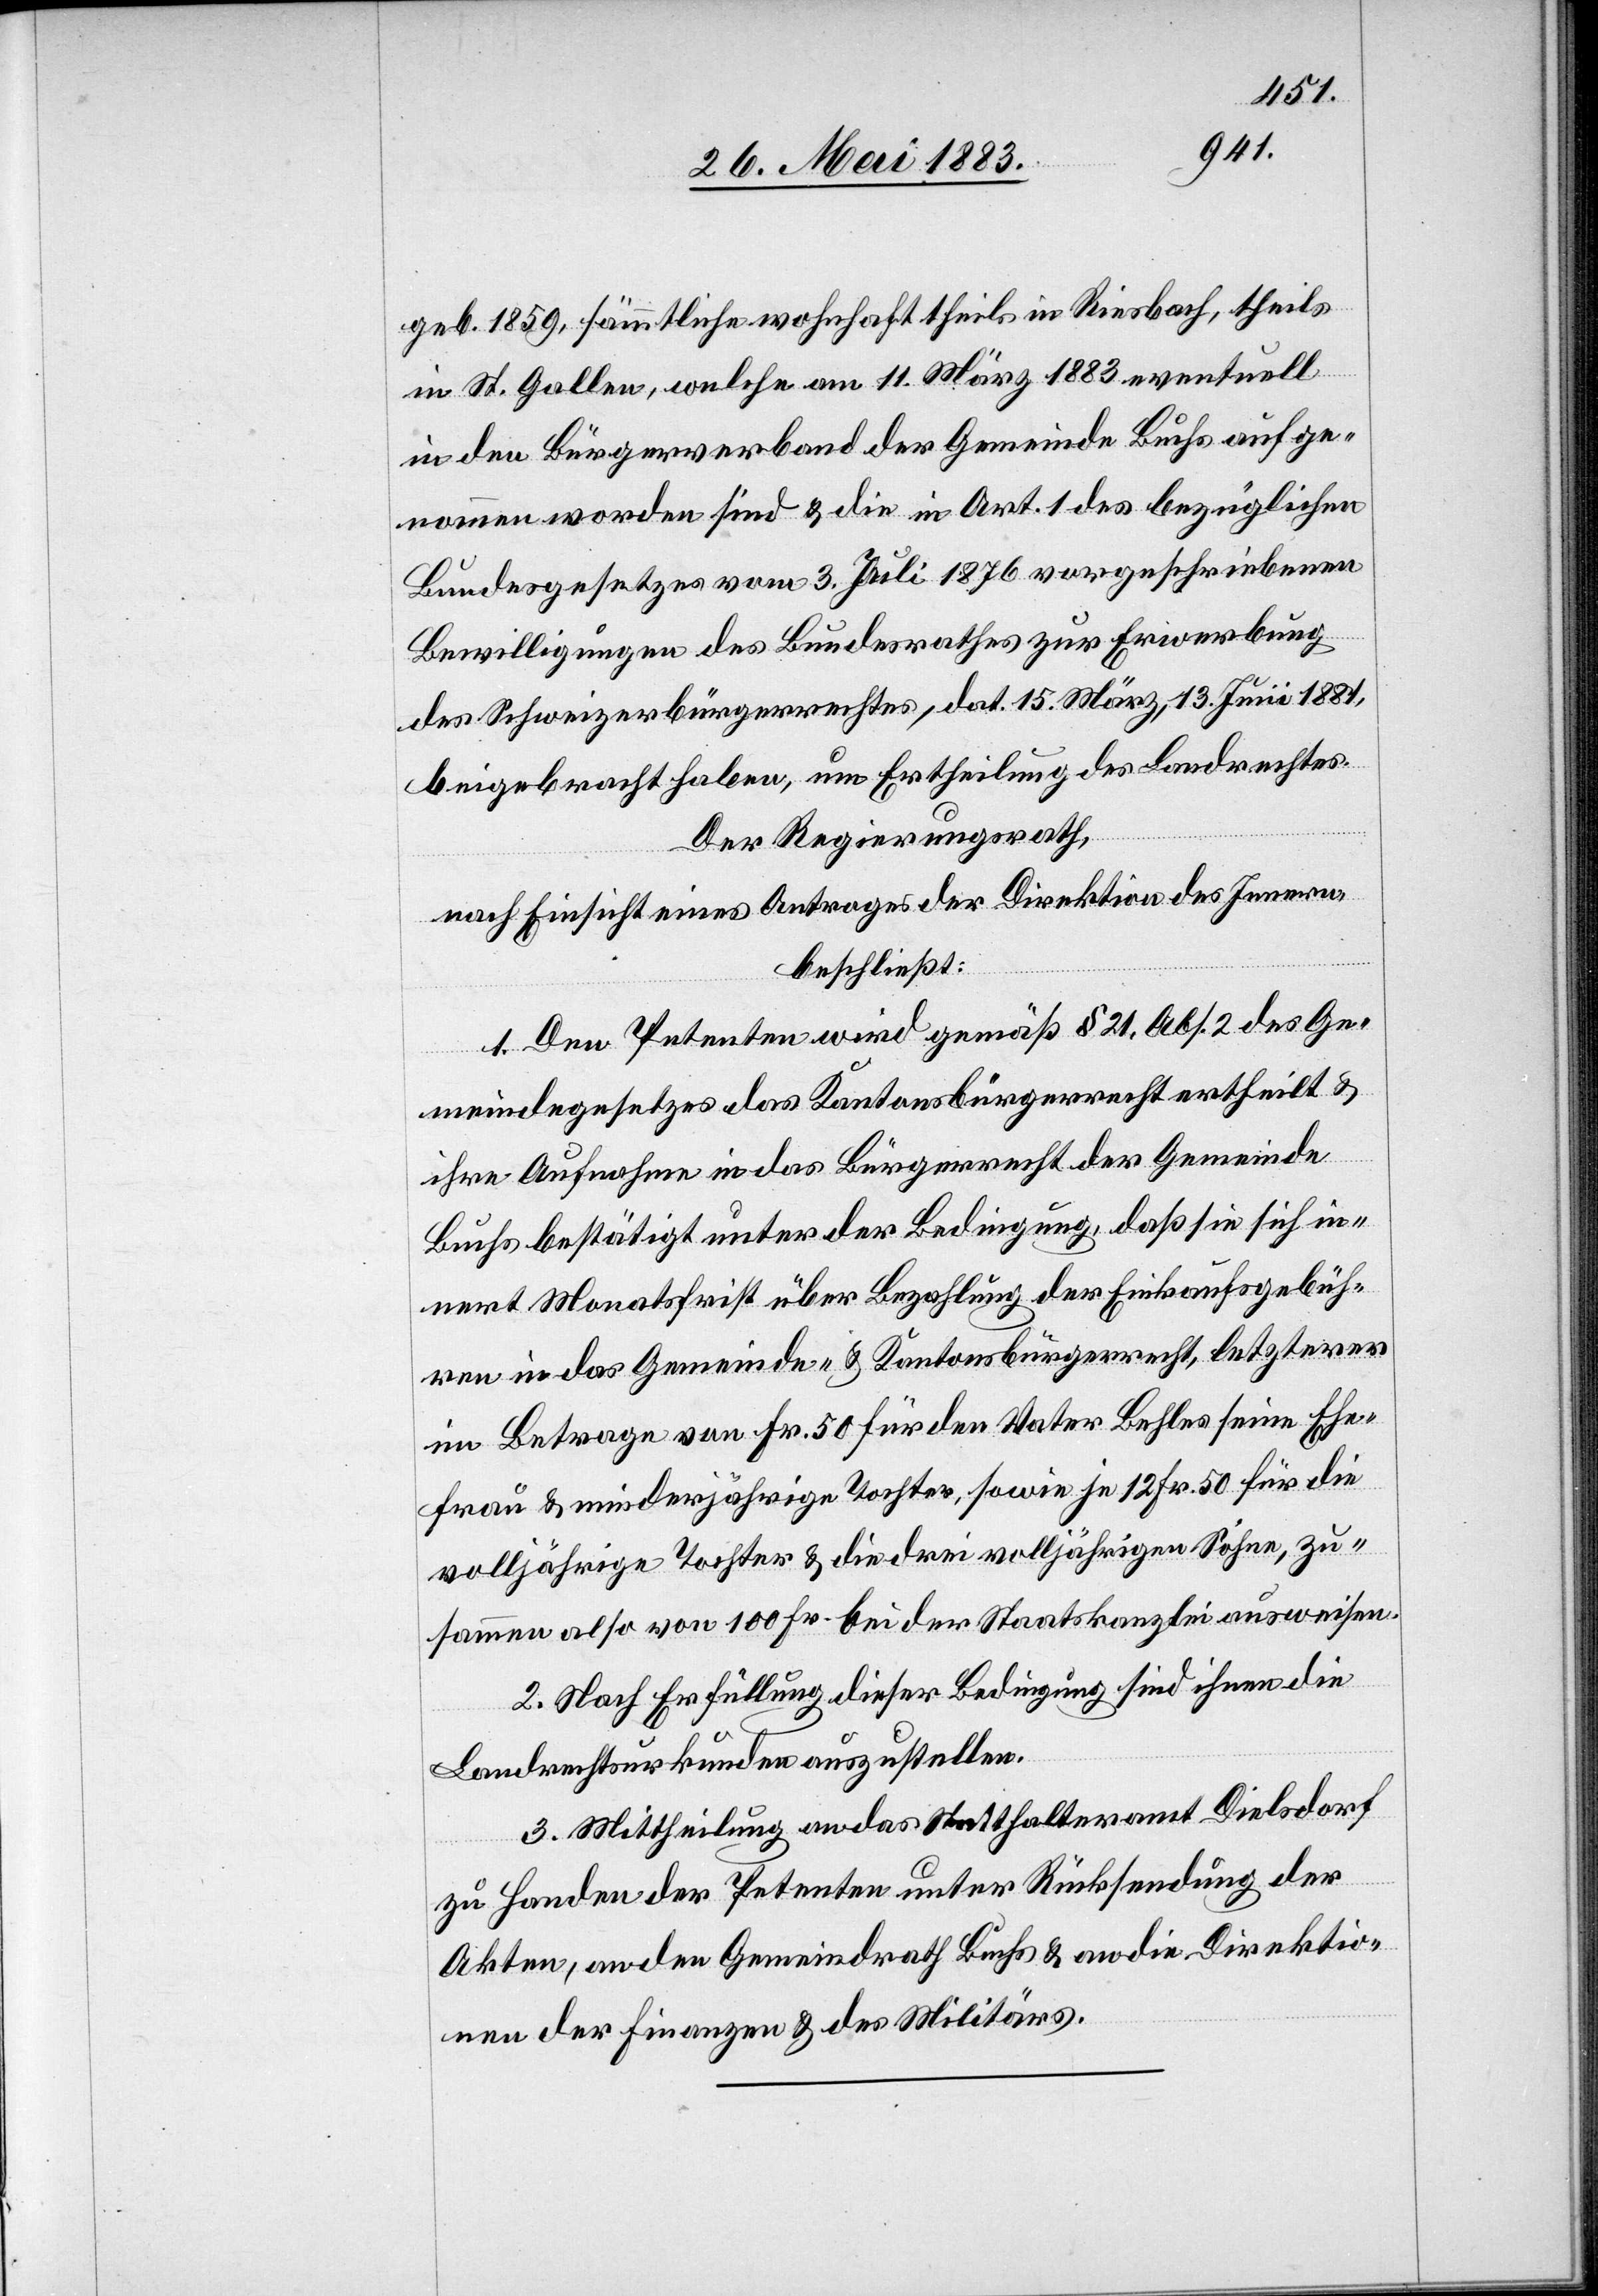
geb. 1859, sämmtliche wohnhaft theils in Riesbach, theils
in St. Gallen, welche am 11. März 1883 eventuell
in den Bürgerverband der Gemeinde Buchs aufge¬
nommen worden sind & die in Art. 1 des bezüglichen
Bundesgesetzes vom 3. Juli 1876 vorgeschriebenen
Bewilligungen des Bundesrathes zur Erwerbung
des Schweizerbürgerrechtes, dat. 15. März, 13. Juni 1881,
beigebracht haben, um Ertheilung des Landrechtes.
Der Regierungsrath,
nach Einsicht eines Antrages der Direktion des Innern,
beschließt:
1. Den Petenten wird gemäß § 21, Abs. 2 des Ge¬
meindegesetzes das Kantonsbürgerrecht ertheilt &
ihre Aufnahme in das Bürgerrecht der Gemeinde
Buchs bestätigt unter der Bedingung, daß sie sich in¬
nert Monatsfrist über Bezahlung der Einkaufsgebüh¬
ren in das Gemeinde- & Kantonsbürgerrecht, letzterer
im Betrage von Fr. 50 für den Vater Behler seine Ehe¬
frau & minderjährige Tochter, sowie je 12 Fr. 50 für die
volljährige Tochter & die drei volljährigen Söhne, zu¬
sammen also von 100 Fr. bei der Staatskanzlei ausweisen.
2. Nach Erfüllung dieser Bedingung sind ihnen die
Landrechtsurkunden auszustellen.
3. Mittheilung an das Statthalteramt Dielsdorf
zu Handen der Petenten unter Rücksendung der
Akten, an den Gemeindrath Buchs & an die Direktio¬
nen der Finanzen & des Militärs.